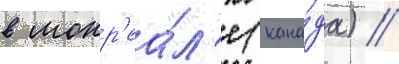
в монр'еа́л'е (кана́да) //